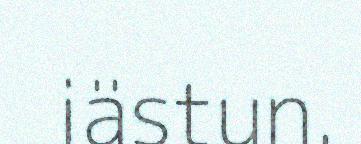
iästun.